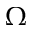
\Omega